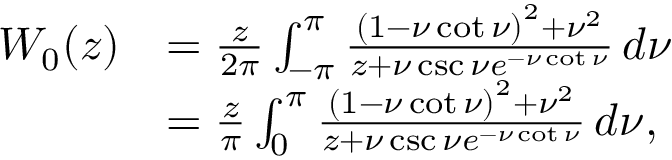
{ \begin{array} { r l } { W _ { 0 } ( z ) } & { = { \frac { z } { 2 \pi } } \int _ { - \pi } ^ { \pi } { \frac { \left( 1 - \nu \cot \nu \right) ^ { 2 } + \nu ^ { 2 } } { z + \nu \csc \nu e ^ { - \nu \cot \nu } } } \, d \nu } \\ & { = { \frac { z } { \pi } } \int _ { 0 } ^ { \pi } { \frac { \left( 1 - \nu \cot \nu \right) ^ { 2 } + \nu ^ { 2 } } { z + \nu \csc \nu e ^ { - \nu \cot \nu } } } \, d \nu , } \end{array} }